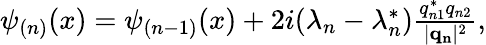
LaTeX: \begin{array}{r}{\psi_{(n)}(x)=\psi_{(n-1)}(x)+2i(\lambda_{n}-\lambda_{n}^{*})\frac{q_{n1}^{*}q_{n2}}{|\mathbf{q_{n}}|^{2}},}\end{array}